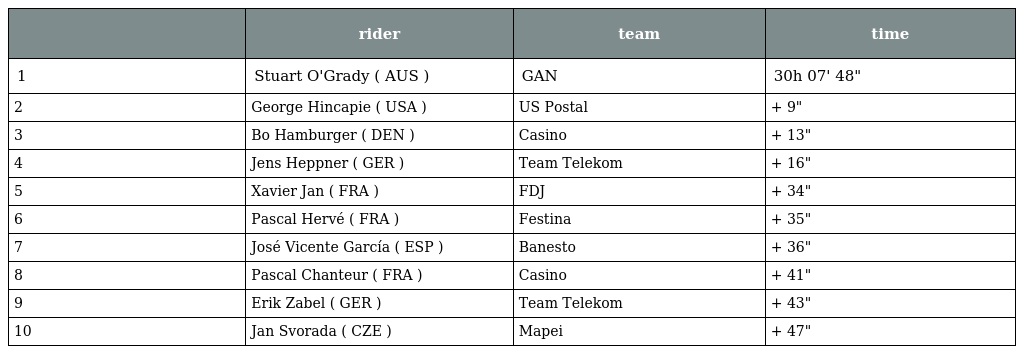
|  | rider | team | time |
 | --- | --- | --- | --- |
 | 1 | Stuart O'Grady ( AUS ) | GAN | 30h 07' 48" |
 | 2 | George Hincapie ( USA ) | US Postal | + 9" |
 | 3 | Bo Hamburger ( DEN ) | Casino | + 13" |
 | 4 | Jens Heppner ( GER ) | Team Telekom | + 16" |
 | 5 | Xavier Jan ( FRA ) | FDJ | + 34" |
 | 6 | Pascal Hervé ( FRA ) | Festina | + 35" |
 | 7 | José Vicente García ( ESP ) | Banesto | + 36" |
 | 8 | Pascal Chanteur ( FRA ) | Casino | + 41" |
 | 9 | Erik Zabel ( GER ) | Team Telekom | + 43" |
 | 10 | Jan Svorada ( CZE ) | Mapei | + 47" |